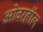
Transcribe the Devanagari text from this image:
ओवरहॉल